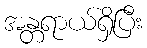
အန္တရာယ်ရှိပြီး